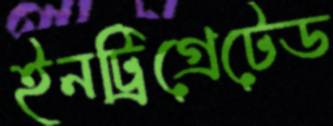
ইনট্রিগ্রেটেড